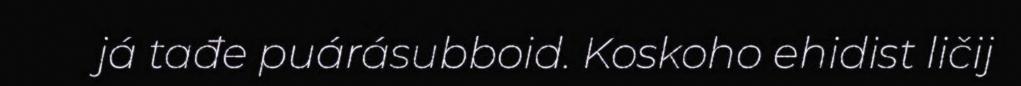
já tađe puárásubboid. Koskoho ehidist ličij